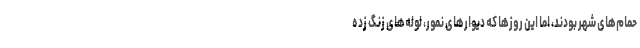
حمام‌های شهر بودند، اما این روزها که دیوارهای نمور، لوله‌های زنگ زده